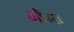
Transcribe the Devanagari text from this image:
ओम्स